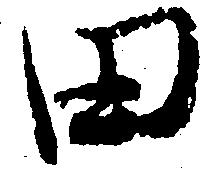
田